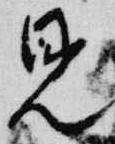
見